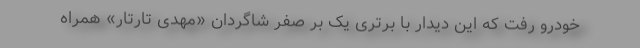
خودرو رفت که این دیدار با برتری یک بر صفر شاگردان «مهدی تارتار» همراه